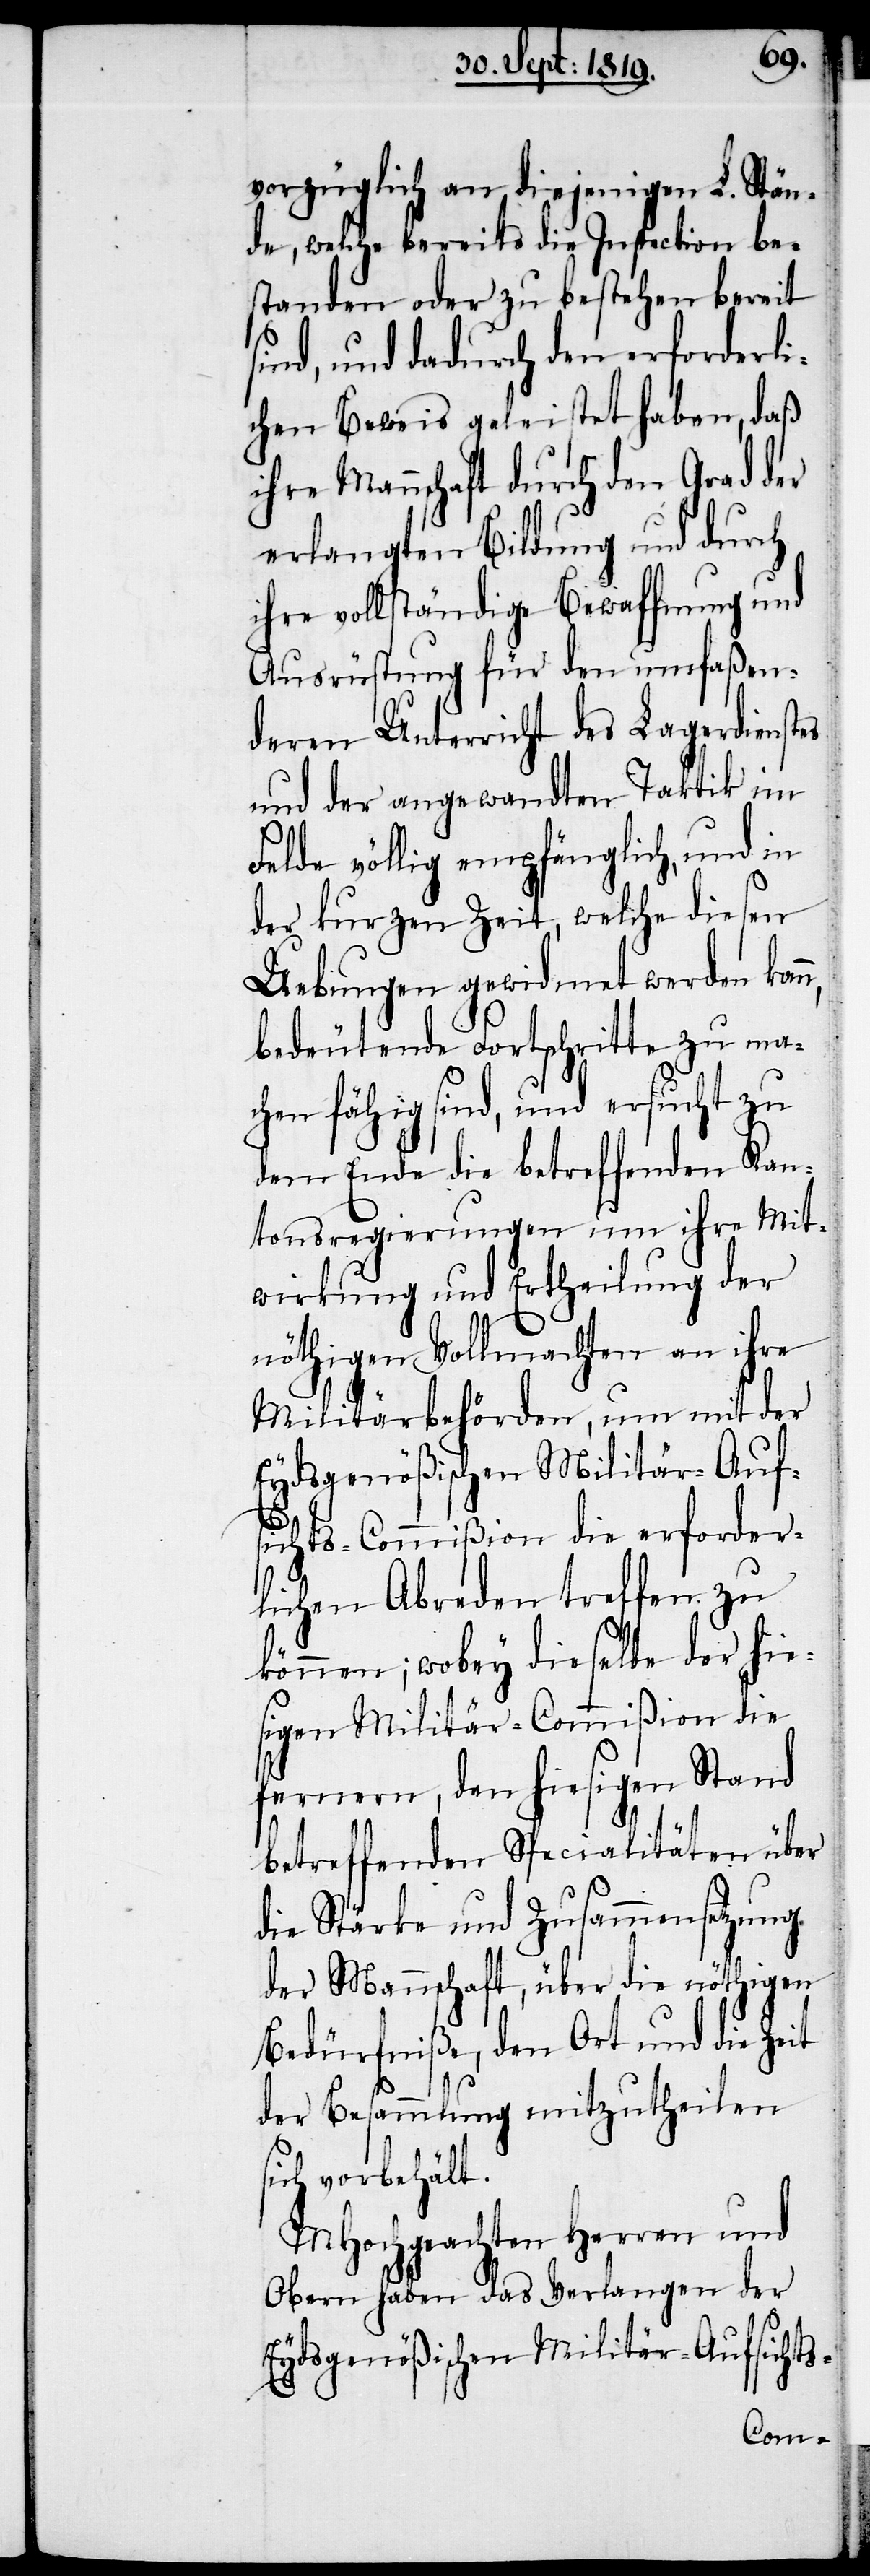
n,
vorzüglich an diejenigen L. Stän¬
de, welche bereits die Inspection be¬
standen oder zu bestehen bereit
sind, und dadurch den erforderli¬
chen Beweis geleistet haben, daß
ihre Mannschaft durch den Grad der
erlangten Bildung und durch
ihre vollständige Bewaffnung und
Ausrüstung für den umfaßen¬
deren Unterricht des Lagerdienstes
und der angewandten Taktik im
Felde völlig empfänglich, und in
der kurzen Zeit, welche diesen
Uebungen gewidmet werden kan¬
bedeutende Fortschritte zu ma¬
chen fähig sind, und ersucht zu
dem Ende die betreffenden Kan¬
tonsregierungen um ihre Mitt¬
wirkung und Ertheilung der
nöthigen Vollmachten an ihre
Militärbehörden, um mit der
Eydsgenößischen Militär-Auf¬
sichts-Commißion die erforder¬
lichen Abreden treffen zu
können; wobey dieselbe der hie¬
sigen Militär-Commißion die
fernern, den hiesigen Stand
betreffenden Specialitäten über
die Stärke und Zusammensetzung
der Mannschaft, über die nöthigen
Bedürfniße, den Ort und die Zeit
der Besammlung mitzutheilen
sich vorbehält.
MHochgeachten Herren und
Obern haben das Verlangen der
Eydsgenößischen Militär- Aufsichts-